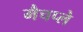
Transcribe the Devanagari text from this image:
मैचप्ले